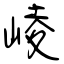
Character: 崚